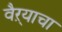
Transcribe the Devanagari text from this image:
वैऱ्याचा